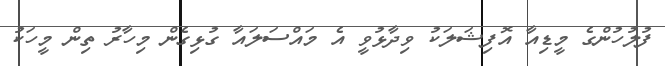
ފުލުހުންގެ މީޑިއާ އޮފިޝަލަކު ވިދާޅުވީ އެ މައްސަލައާ ގުޅިގެން މިހާރު ތިން މީހަކު